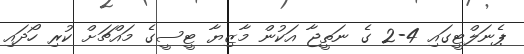
ޕެނަލްޓީގައި 4-2 ގެ ނަތީޖާ އަކުން މާޒިޔާ ޓީސީގެ މައްޗަށް ކުރި ހޯދައި